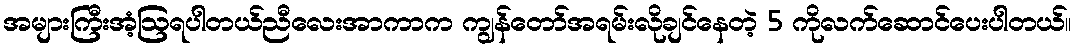
အများကြီးအံ့ဩရပါတယ်ညီလေးအာကာက ကျွန်တော်အရမ်းလိုချင်နေတဲ့ 5 ကိုလက်ဆောင်ပေးပါတယ်။